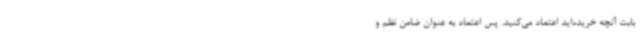
بابت آنچه خریده‌اید اعتماد می‌کنید. پس اعتماد به عنوان ضامن نظم و